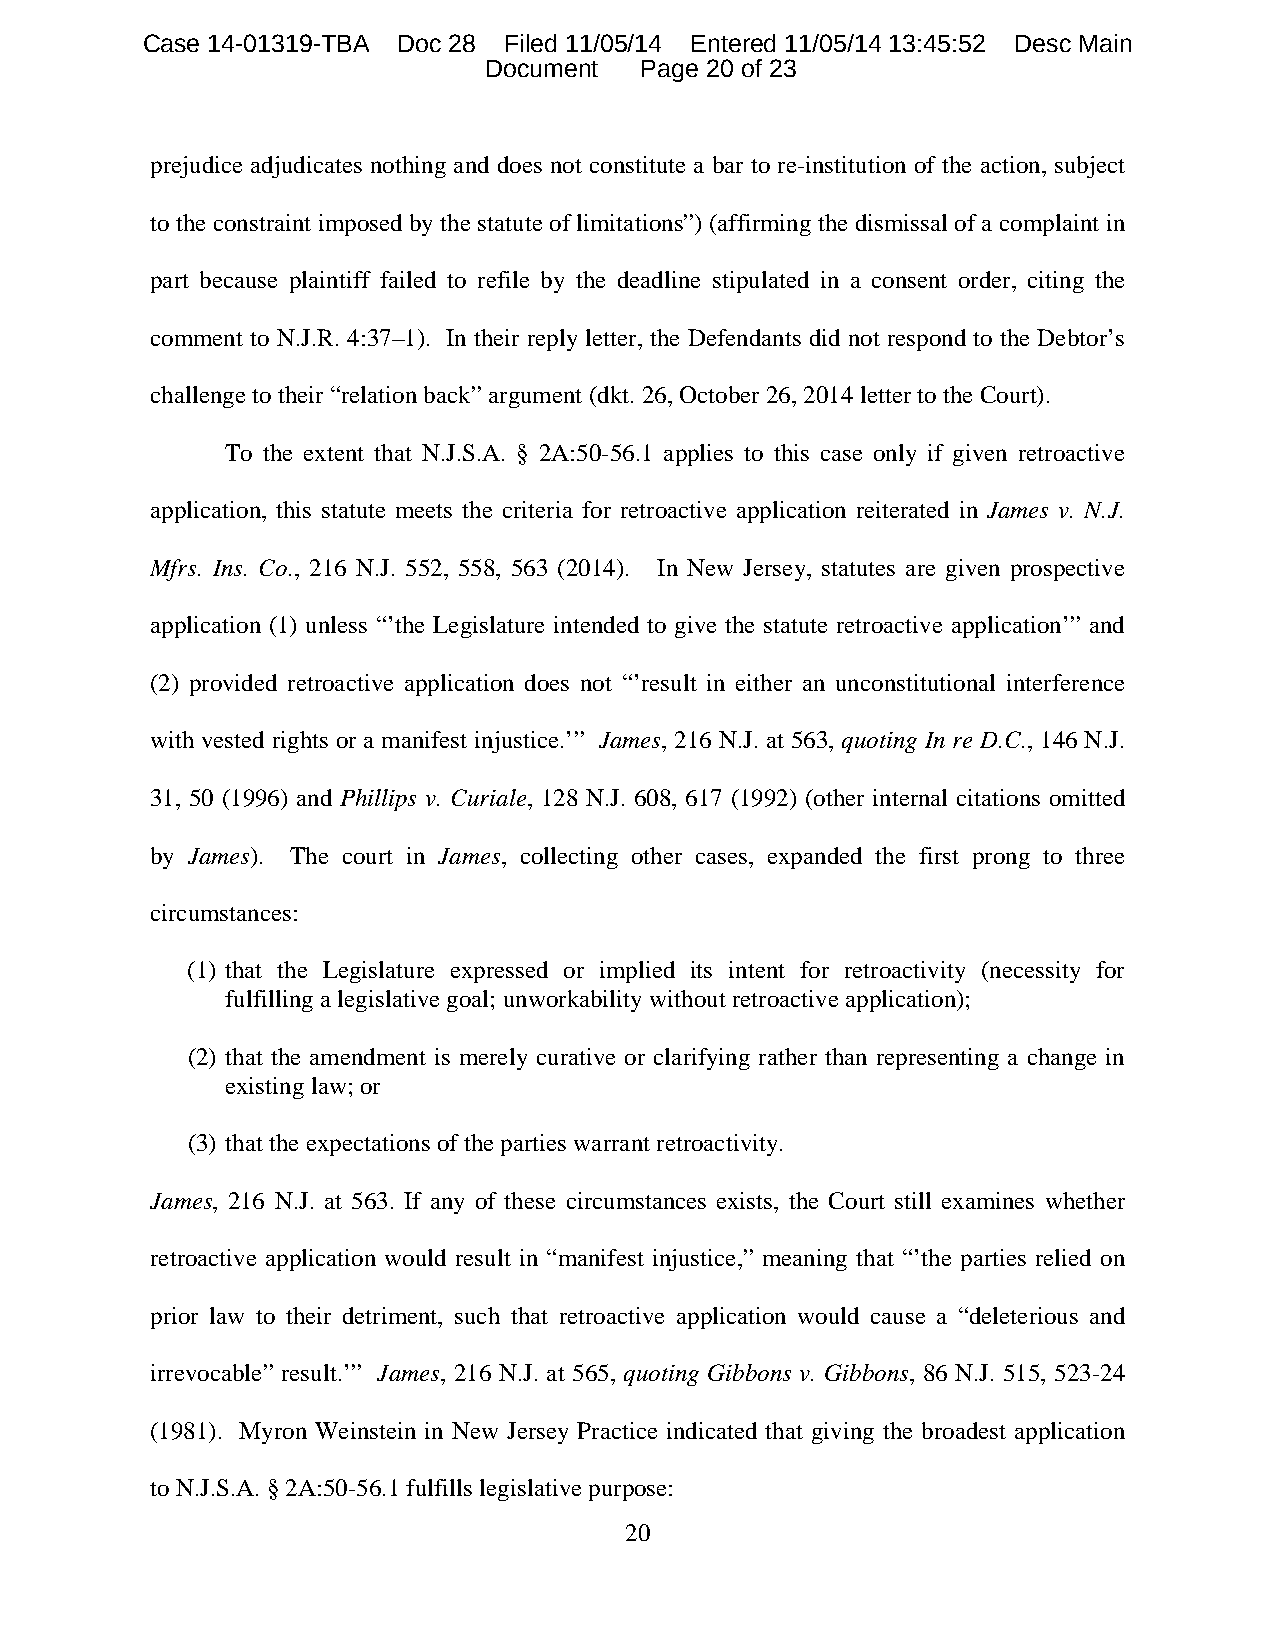
Case 14-01319-TBA Doc 28 Filed 11/05/14 Entered 11/05/14 13:45:52 Desc Main
 Document  Page 20 of 23
 prejudice adjudicates nothing and does not constitute a bar to re-institution of the action, subject
 to the constraint imposed by the statute of limitations”) (affirming the dismissal of a complaint in
 part because plaintiff failed to refile by the deadline stipulated in a consent order, citing the
 comment to N.J.R. 4:37–1). In their reply letter, the Defendants did not respond to the Debtor’s
 challenge to their “relation back” argument (dkt. 26, October 26, 2014 letter to the Court).
 To the extent that N.J.S.A. § 2A:50-56.1 applies to this case only if given retroactive
 application, this statute meets the criteria for retroactive application reiterated in James v. N.J.
 Mfrs. Ins. Co., 216 N.J. 552, 558, 563 (2014). In New Jersey, statutes are given prospective
 application (1) unless “’the Legislature intended to give the statute retroactive application’” and
 (2) provided retroactive application does not “’result in either an unconstitutional interference
 with vested rights or a manifest injustice.’” James, 216 N.J. at 563, quoting In re D.C., 146 N.J.
 31, 50 (1996) and Phillips v. Curiale, 128 N.J. 608, 617 (1992) (other internal citations omitted
 by James). The court in James, collecting other cases, expanded the first prong to three
 circumstances:
 (1) that the Legislature expressed or implied its intent for retroactivity (necessity for
 fulfilling a legislative goal; unworkability without retroactive application);
 (2) that the amendment is merely curative or clarifying rather than representing a change in
 existing law; or
 (3) that the expectations of the parties warrant retroactivity.
 James, 216 N.J. at 563. If any of these circumstances exists, the Court still examines whether
 retroactive application would result in “manifest injustice,” meaning that “’the parties relied on
 prior law to their detriment, such that retroactive application would cause a “deleterious and
 irrevocable” result.’” James, 216 N.J. at 565, quoting Gibbons v. Gibbons, 86 N.J. 515, 523-24
 (1981). Myron Weinstein in New Jersey Practice indicated that giving the broadest application
 to N.J.S.A. § 2A:50-56.1 fulfills legislative purpose:
 20